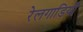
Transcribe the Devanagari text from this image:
रेलगाडियाँ